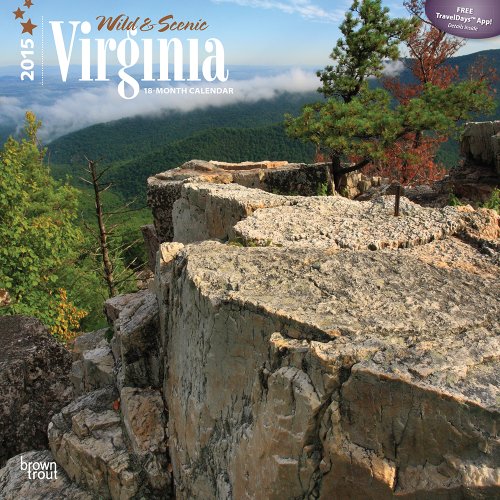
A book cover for Virginia, Wild & Scenic 2015 Square 12x12 (Multilingual Edition); BrownTrout; Calendars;